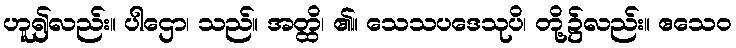
ဟူ၍လည်း။ ပါဌော၊ သည်။ အတ္ထိ၊ ၏။ သေသပဒေသုပိ၊ တို့၌လည်း။ ဧသေဝ